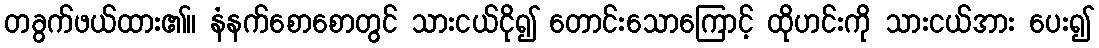
တခွက်ဖယ်ထား၏။ နံနက်စောစောတွင် သားငယ်ငို၍ တောင်းသောကြောင့် ထိုဟင်းကို သားငယ်အား ပေး၍